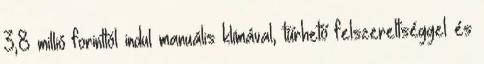
3,8 millió forinttól indul manuális klímával, tűrhető felszereltséggel és